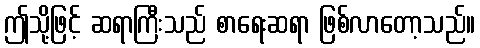
ဤသို့ဖြင့် ဆရာကြီးသည် စာရေးဆရာ ဖြစ်လာတော့သည်။